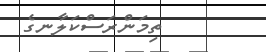
ތިމަންރަސްކަލާނގެ